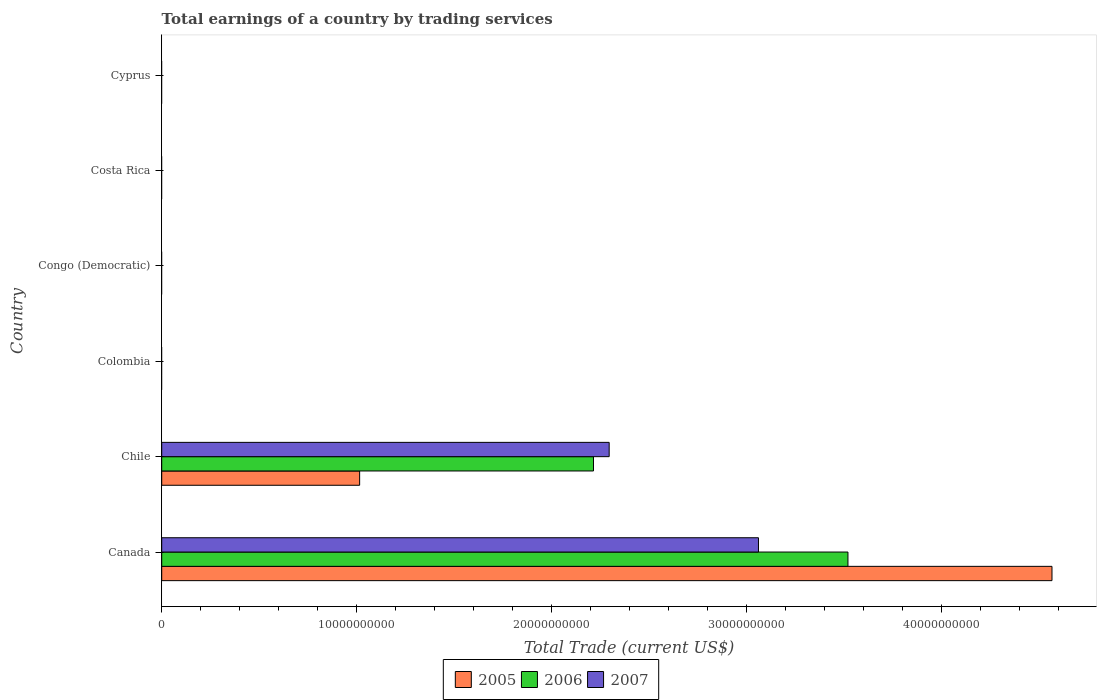
| Country | 2005 | 2006 | 2007 |
 | --- | --- | --- | --- |
 | Canada | 4.57e+10 | 3.52e+10 | 3.06e+10 |
 | Chile | 1.02e+10 | 2.21e+10 | 2.3e+10 |
 | Colombia | -7.09e+08 | -1.93e+09 | -3.41e+09 |
 | Congo (Democratic) | -1.11e+09 | -6.6e+08 | -3.34e+08 |
 | Costa Rica | -1.04e+09 | -1.38e+09 | -1.25e+09 |
 | Cyprus | -4.51e+08 | -7.21e+08 | -1.43e+09 |